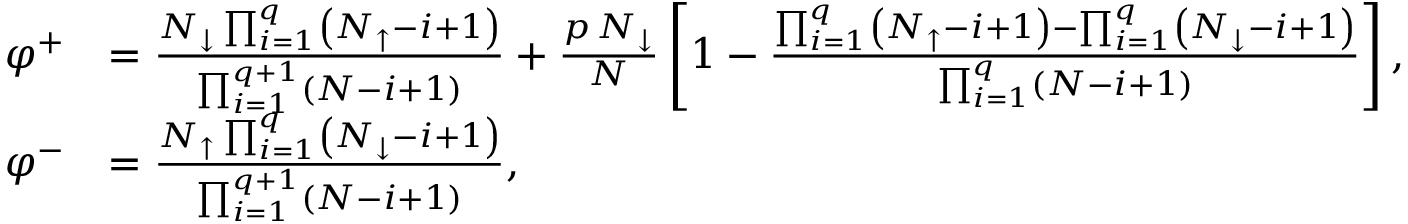
\begin{array} { r l } { \varphi ^ { + } } & { = \frac { N _ { \downarrow } \prod _ { i = 1 } ^ { q } \left( N _ { \uparrow } - i + 1 \right) } { \prod _ { i = 1 } ^ { q + 1 } \left( N - i + 1 \right) } + \frac { p \, N _ { \downarrow } } { N } \left[ 1 - \frac { \prod _ { i = 1 } ^ { q } \left( N _ { \uparrow } - i + 1 \right) - \prod _ { i = 1 } ^ { q } \left( N _ { \downarrow } - i + 1 \right) } { \prod _ { i = 1 } ^ { q } \left( N - i + 1 \right) } \right] , } \\ { \varphi ^ { - } } & { = \frac { N _ { \uparrow } \prod _ { i = 1 } ^ { q } \left( N _ { \downarrow } - i + 1 \right) } { \prod _ { i = 1 } ^ { q + 1 } \left( N - i + 1 \right) } , } \end{array}